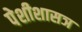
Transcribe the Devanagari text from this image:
पेशीशासञ